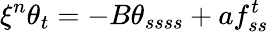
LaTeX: \xi^{n}\theta_{t}=-B\theta_{ssss}+af_{ss}^{t}